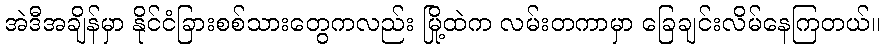
အဲဒီအချိန်မှာ နိုင်ငံခြားစစ်သားတွေကလည်း မြို့ထဲက လမ်းတကာမှာ ခြေချင်းလိမ်နေကြတယ်။